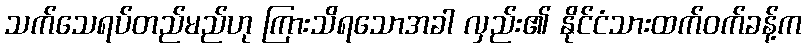
သက်သေရပ်တည်မည်ဟု ကြားသိရသောအခါ လှည်း၏ နိုင်ငံသားထက်ဝက်ခန့်က